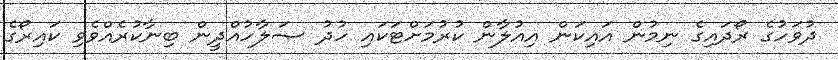
ދުވަހުގެ ރޯދައިގެ ނިމުން އައިކަން އިއުލާން ކުރުމަށްޓަކައި ހުދު ޞަލާހުއްދީން ބިނާކުރެއްވެވި ކައިރޯގެ